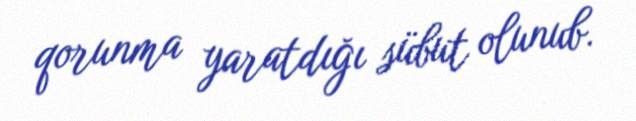
qorunma yaratdığı sübut olunub.